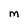
Character: M